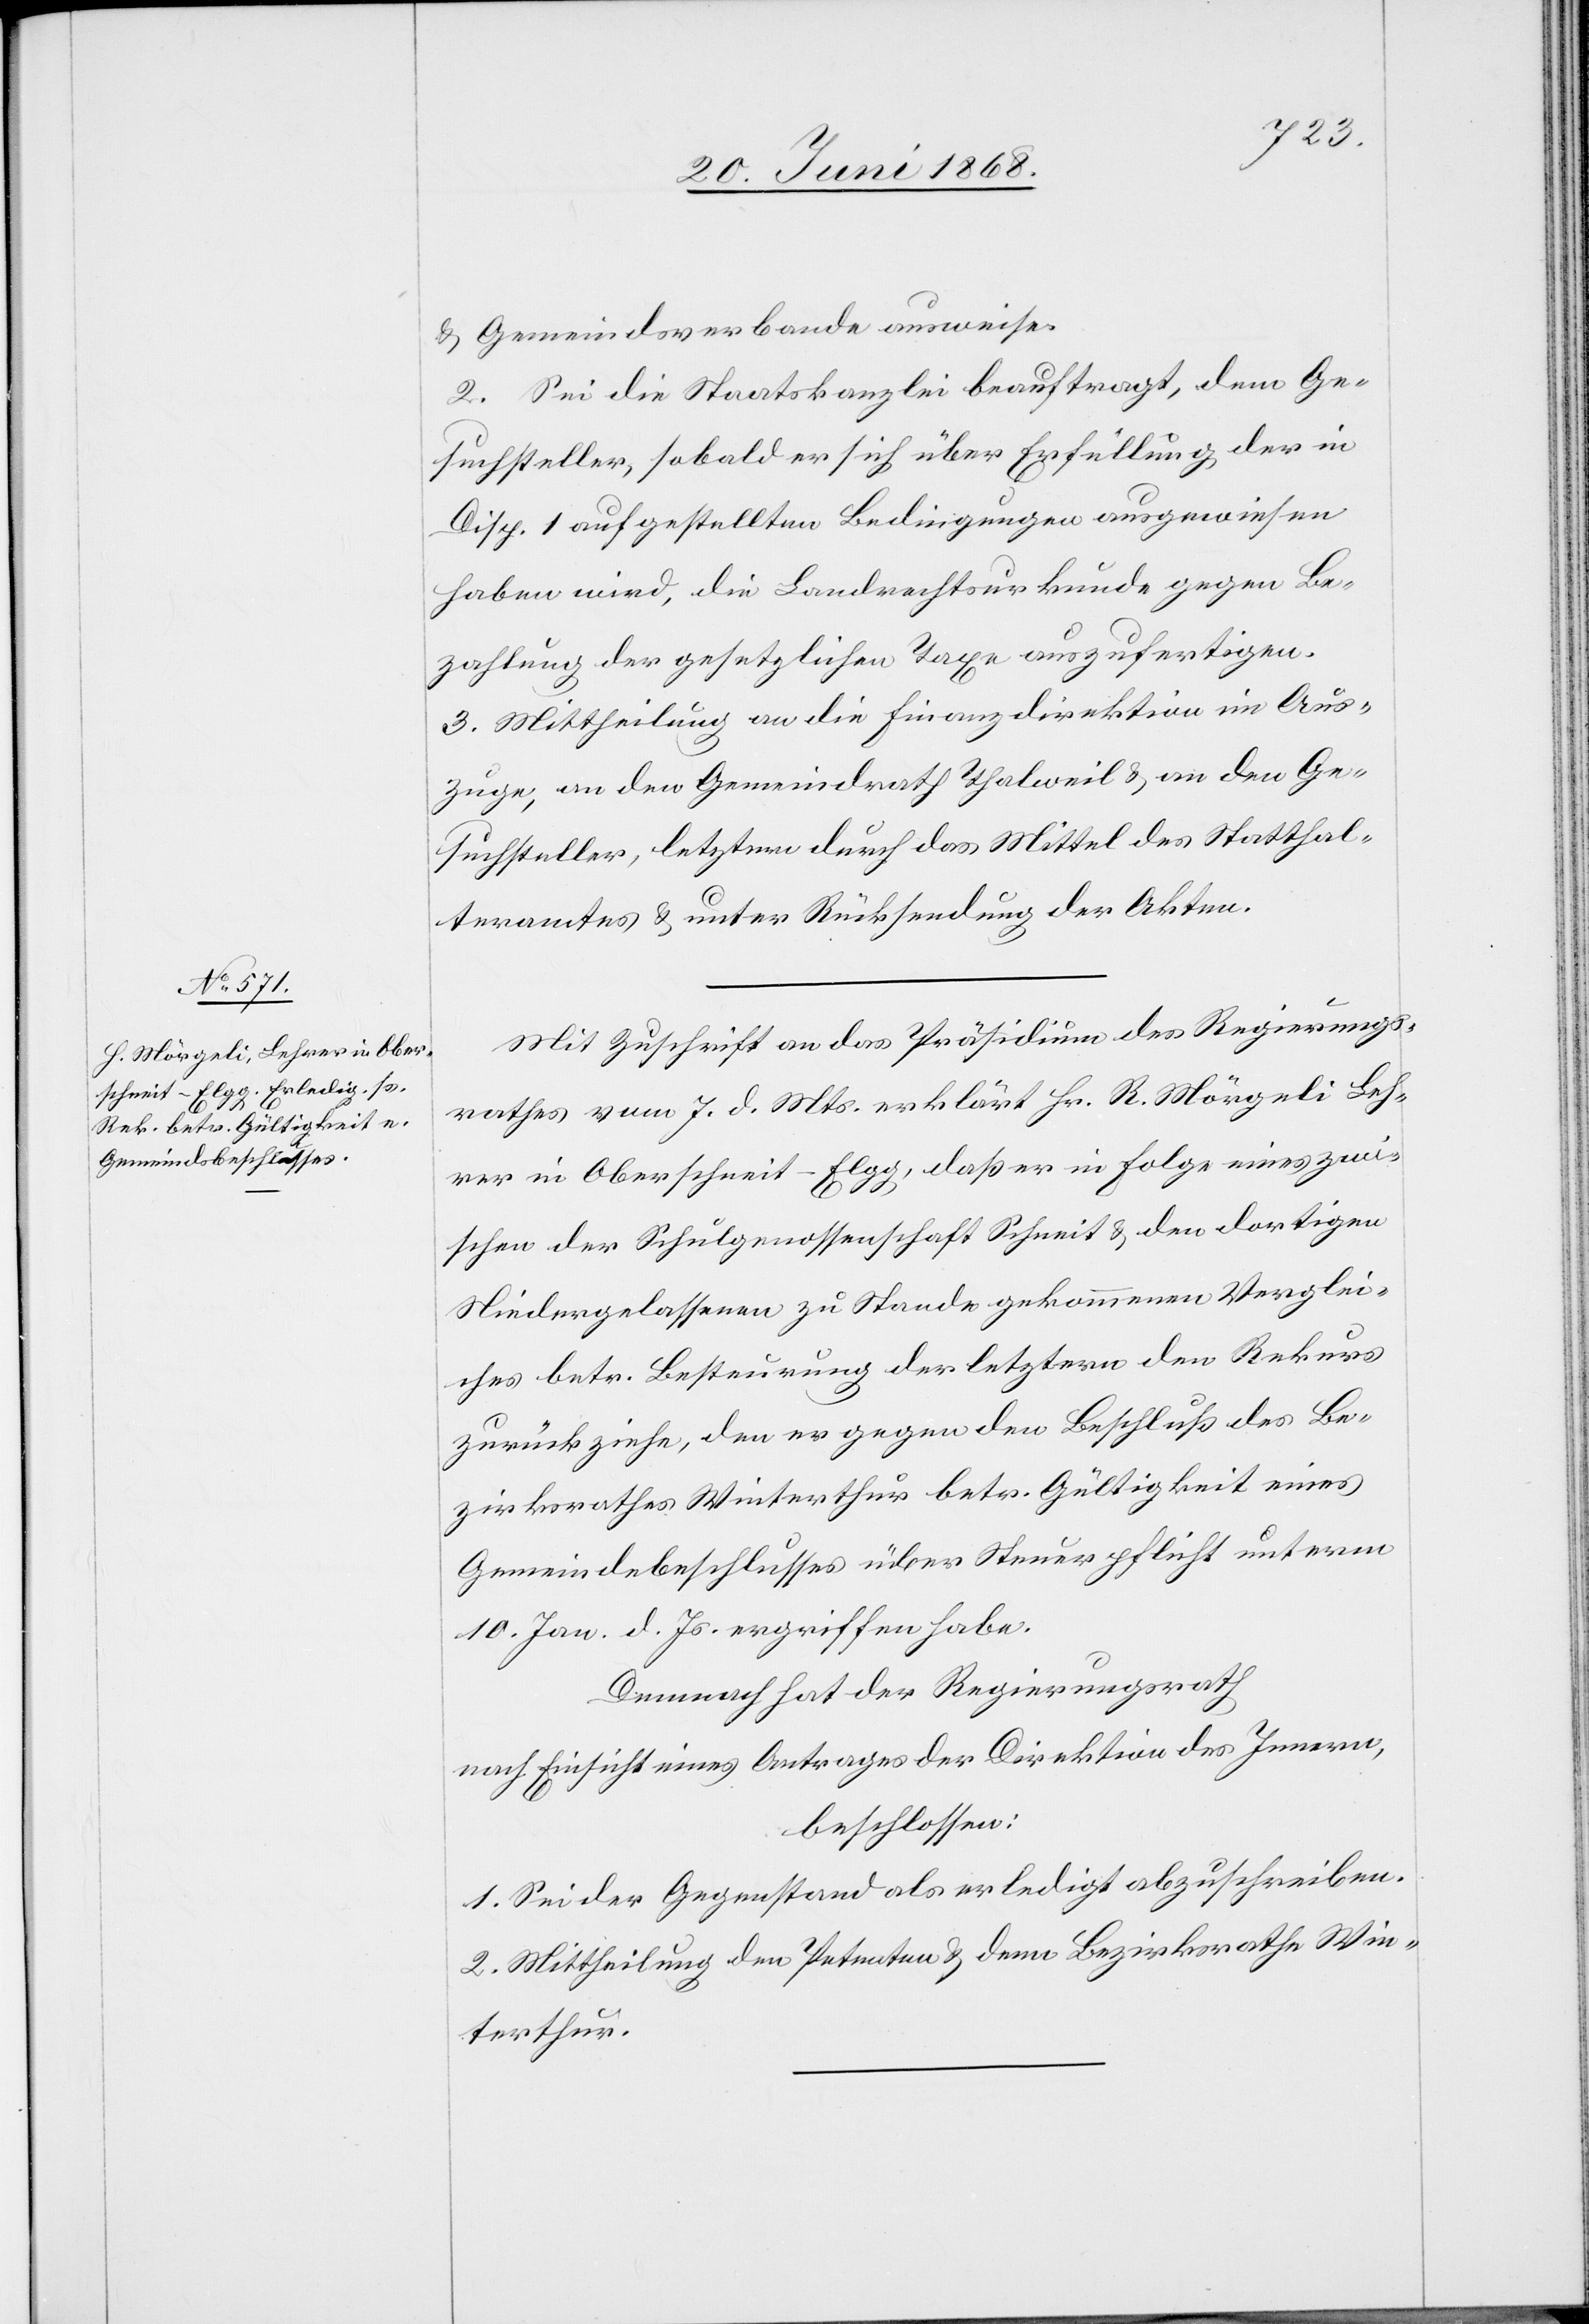
& Gemeindsverbande ausweise.
2. Sei die Staatskanzlei beauftragt, dem Ge¬
suchsteller, sobald er sich über Erfüllung der in
Disp. 1 aufgestellten Bedingungen ausgewiesen
haben wird, die Landrechtsurkunde gegen Be¬
zahlung der gesetzlichen Taxe auszufertigen.
3. Mittheilung an die Finanzdirektion im Aus¬
zuge, an den Gemeindrath Thalweil & an den Ge¬
suchsteller, letztern durch das Mittel des Statthal¬
teramtes & unter Rücksendung der Akten.
Mit Zuschrift an das Präsidium des Regierungs¬
rathes vom 7. d. Mts. erklärt Hr. R. [sic!] Mörgeli Leh¬
rer in Oberschneit-Elgg, daß er in Folge eines zwi¬
schen der Schulgenossenschaft Schneit & den dortigen
Niedergelassenen zu Stande gekommenen Verglei¬
ches betr. Besteurung der letztern den Rekurs
zurückziehe, den er gegen den Beschluß des Be¬
zirksrathes Winterthur betr. Gültigkeit eines
Gemeindebeschlusses über Steuerpflicht unterm
10. Jan. d. Js. ergriffen habe.
Demnach hat der Regierungsrath
nach Einsicht eines Antrages der Direktion des Innern,
beschlossen:
1. Sei der Gegenstand als erledigt abzuschreiben.
2. Mittheilung den Petenten & denn [recte: dem] Bezirksrathe Win¬
terthur.